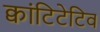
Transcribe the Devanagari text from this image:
क्वांटिटेटिव